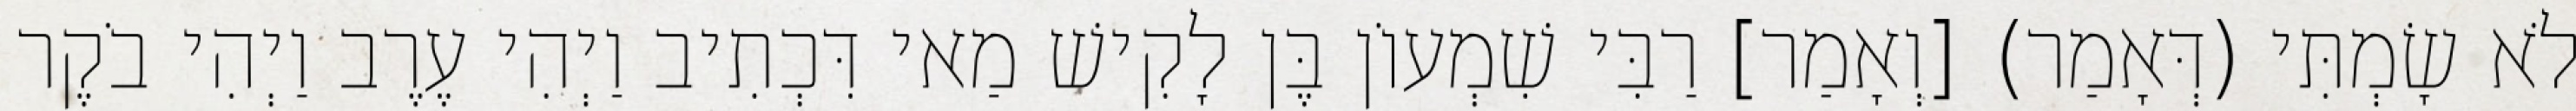
לֹא שָׂמְתִּי (דְּאָמַר) [וְאָמַר] רַבִּי שִׁמְעוֹן בֶּן לָקִישׁ מַאי דִּכְתִיב וַיְהִי עֶרֶב וַיְהִי בֹקֶר